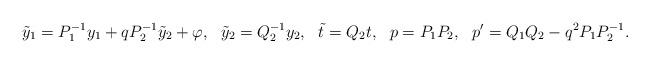
\begin{align*}\tilde y_1 = { {P}_1^{-1} } y_1 + {q P_2^{-1} } \tilde y_2 + \varphi ,\ \ \tilde y_2 = { {Q} _2^{-1} } y_2, \ \ \tilde t = Q_2 t , \ \ p= {P} _1 {P} _2, \ \ p'={Q} _1 { Q} _2 - q^2 {P_1 P_2^{-1} }.\end{align*}